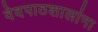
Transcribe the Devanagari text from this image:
वेदपाठशालांना